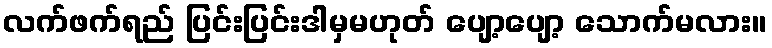
လက်ဖက်ရည် ပြင်းပြင်းဒါမှမဟုတ် ပျော့ပျော့ သောက်မလား။